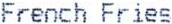
FRENCH FRIES